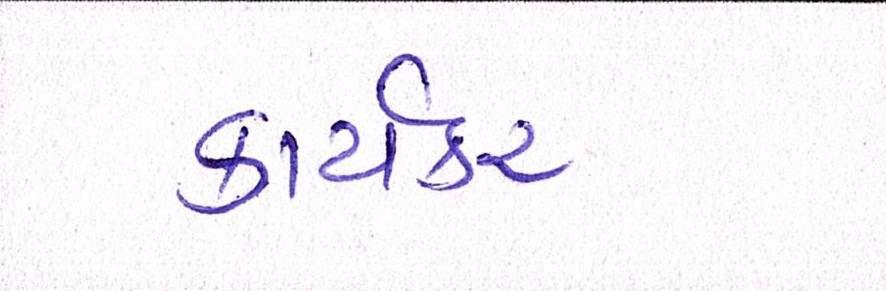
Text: કાર્યકર